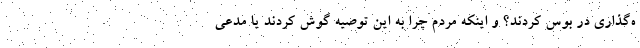
ه‌گذاری در بوس کردند؟ و اینکه مردم چرا به این توصیه گوش کردند یا مدعی